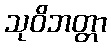
သုဝိဘတ္တာ